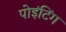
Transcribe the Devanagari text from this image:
पोइंटिंग